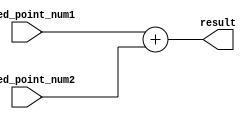
module fixed_point_adder (
    input wire [15:0] fixed_point_num1,
    input wire [15:0] fixed_point_num2,
    output wire [15:0] result
);

// Fixed-point adder module
wire [15:0] sum;
assign sum = fixed_point_num1 + fixed_point_num2;

// Arithmetic blocks module
// Additional calculations can be added here

// Control logic module
// Coordination of the operation of the system can be added here

assign result = sum;

endmodule